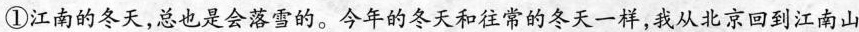
①江南的冬天，总也是会落雪的。今年的冬天和往常的冬天一样，我从北京回到江南山